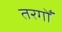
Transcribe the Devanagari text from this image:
तरगोँ